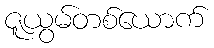
ဇူယွမ်တစ်ယောက်